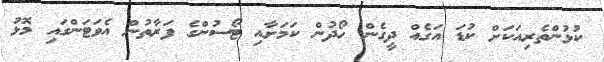
ކުޅުންތެރިއަކަށް ކުޑަ އަގެއް ދީގެން ހޯދުން ކަމަށާއި ޓޯސުންގެ ފަރާތުން އެވަޓަންގައި މޮޅު